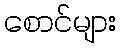
စောင်များ